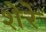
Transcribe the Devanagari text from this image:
शेरेे